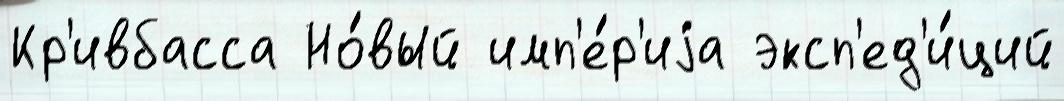
Кр'ивбасса Но́вый имп'е́р'иjа эксп'ед'и́ций